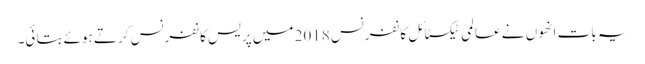
یہ بات انھوں نے عالمی ٹیکسٹائل کانفرنس 2018 میں پریس کانفرنس کرتے ہوئے بتائی۔